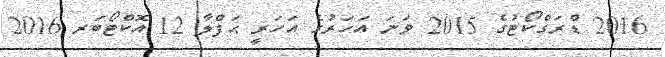
2016 ޑްރަގްކޯޓުގެ 2015 ވަނަ އަހަރުގެ އަހަރީ ޙަފްލާ 12 އޮކްޓޯބަރ 2016